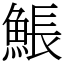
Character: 𩸕